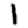
Digit: 1